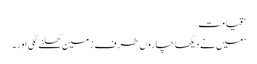
‘ قیامت
’میں نے دیکھا چاروں طرف زمین کھلنے لگی اور۔